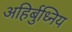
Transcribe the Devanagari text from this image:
अहिर्बुध्निय